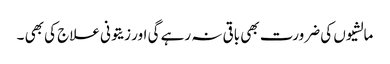
مالشیوں کی ضرورت بھی باقی نہ رہے گی اور زیتونی علاج کی بھی ۔